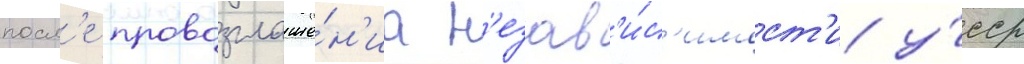
посл'е провозглаше́н'иа н'езав'и́с'имост'и у́сср